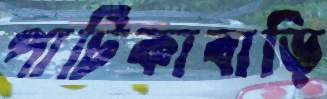
পাটিকাবাড়ি